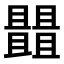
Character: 𠁠